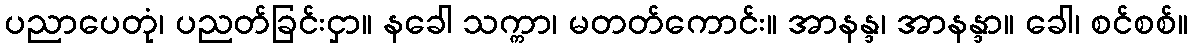
ပညာပေတုံ၊ ပညတ်ခြင်းငှာ။ နခေါ သက္ကာ၊ မတတ်ကောင်း။ အာနန္ဒ၊ အာနန္ဒာ။ ခေါ၊ စင်စစ်။